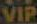
VIP